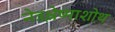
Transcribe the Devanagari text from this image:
नेत्रश्लेष्माशोथ